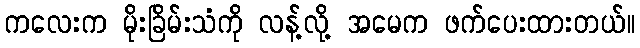
ကလေးက မိုးခြိမ်းသံကို လန့်လို့ အမေက ဖက်ပေးထားတယ်။